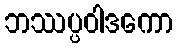
ဘဿပ္ပဝါဒကော